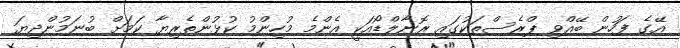
އޭގެ ފަހުން ބޭއްވި ޕްރެސްތަކުގައި ރޮނާލްޑޯއަކީ އެންމެ މުހިންމު ކުޅުންތެރިޔާ ކަމަށް ބުނަމުންދިޔަ